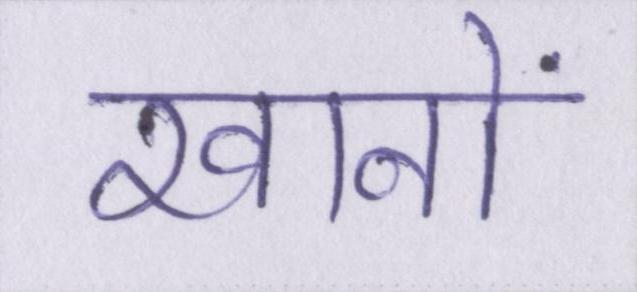
खानों